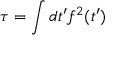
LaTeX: \tau = \int d t ^ { \prime } f ^ { 2 } ( t ^ { \prime } )